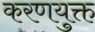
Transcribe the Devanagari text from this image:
करणयुक्त